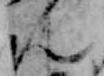
ん